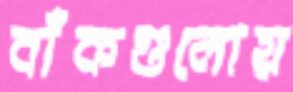
বাঁকগুলোয়